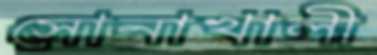
সোনাখালী